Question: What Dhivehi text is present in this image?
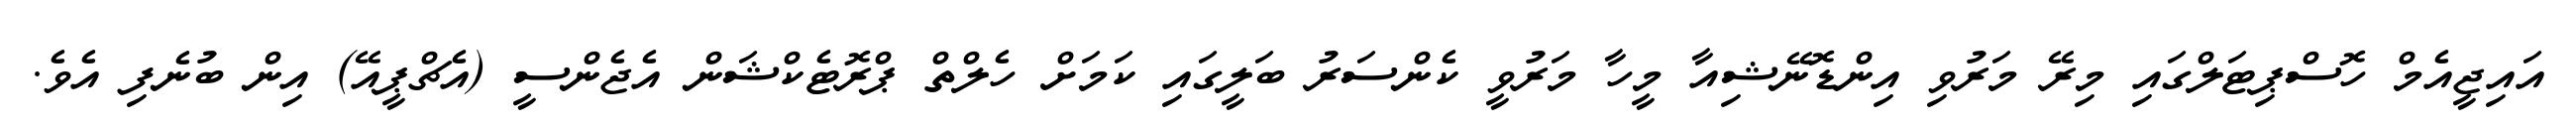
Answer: އައިޖީއެމް ހޮސްޕިޓަލްގައި މިރޭ މަރުވި އިންޑޮނޭޝިއާ މީހާ މަރުވީ ކެންސަރު ބަލީގައި ކަމަށް ހެލްތް ޕްރޮޓެކްޝަން އެޖެންސީ (އެޗްޕީއޭ) އިން ބުނެފި އެވެ.